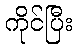
ကိုင်ပြီး